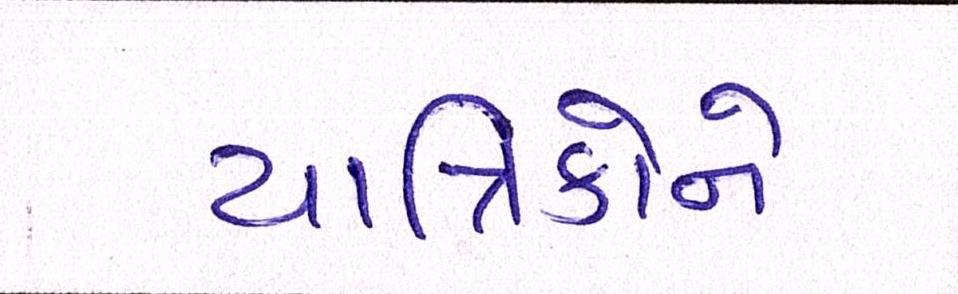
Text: યાત્રિકોને